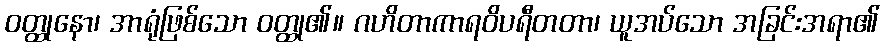
ဝတ္ထုနော၊ အာရုံဖြစ်သော ဝတ္ထု၏။ ဂဟိတာကာရဝိပရီတတာ၊ ယူအပ်သော အခြင်းအရာ၏